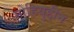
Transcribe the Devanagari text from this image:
मोहियुद्दीन